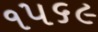
૧૫૬૯